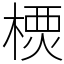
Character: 樮